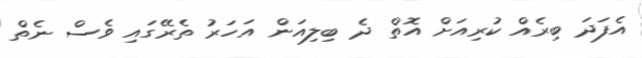
އެފަދަ ބިރެއް ކުރިއަށް އޮތް ދެ ބިލިއަން އަހަރު ތެރޭގައި ވެސް ނެތް